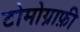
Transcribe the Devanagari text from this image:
टोमोग्राफ़ी